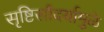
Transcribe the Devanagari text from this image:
सृष्टिसौंदर्यामुळे